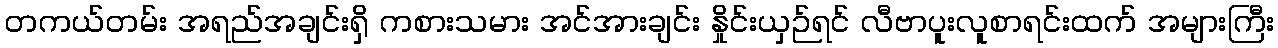
တကယ်တမ်း အရည်အချင်းရှိ ကစားသမား အင်အားချင်း နှိုင်းယှဉ်ရင် လီဗာပူးလူစာရင်းထက် အများကြီး